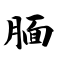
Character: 腼